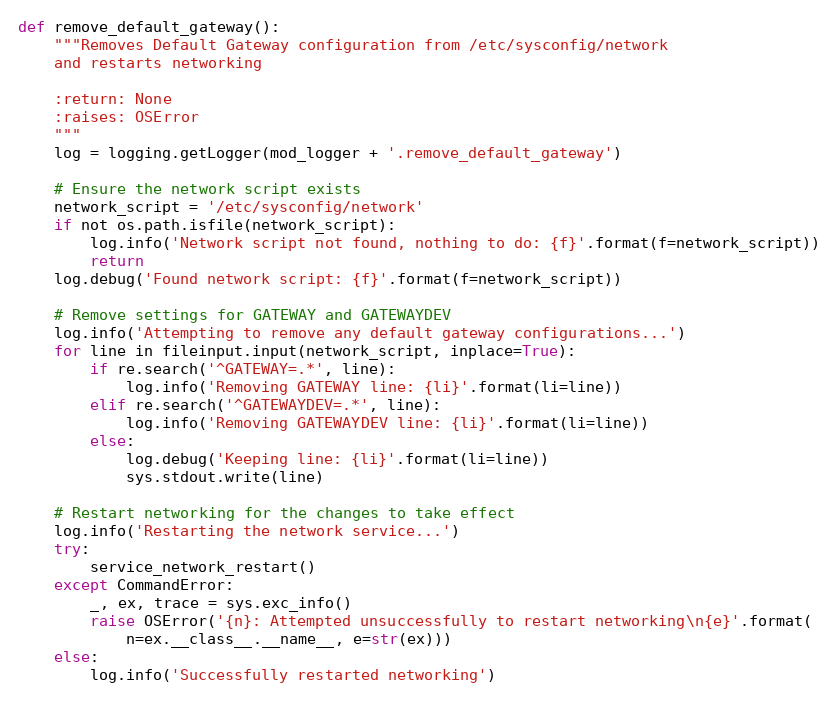
Language: Python
def remove_default_gateway():
    """Removes Default Gateway configuration from /etc/sysconfig/network
    and restarts networking

    :return: None
    :raises: OSError
    """
    log = logging.getLogger(mod_logger + '.remove_default_gateway')

    # Ensure the network script exists
    network_script = '/etc/sysconfig/network'
    if not os.path.isfile(network_script):
        log.info('Network script not found, nothing to do: {f}'.format(f=network_script))
        return
    log.debug('Found network script: {f}'.format(f=network_script))

    # Remove settings for GATEWAY and GATEWAYDEV
    log.info('Attempting to remove any default gateway configurations...')
    for line in fileinput.input(network_script, inplace=True):
        if re.search('^GATEWAY=.*', line):
            log.info('Removing GATEWAY line: {li}'.format(li=line))
        elif re.search('^GATEWAYDEV=.*', line):
            log.info('Removing GATEWAYDEV line: {li}'.format(li=line))
        else:
            log.debug('Keeping line: {li}'.format(li=line))
            sys.stdout.write(line)

    # Restart networking for the changes to take effect
    log.info('Restarting the network service...')
    try:
        service_network_restart()
    except CommandError:
        _, ex, trace = sys.exc_info()
        raise OSError('{n}: Attempted unsuccessfully to restart networking\n{e}'.format(
            n=ex.__class__.__name__, e=str(ex)))
    else:
        log.info('Successfully restarted networking')